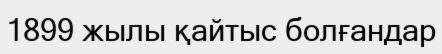
1899 жылы қайтыс болғандар